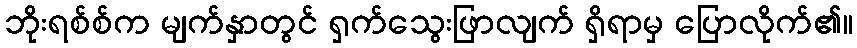
ဘိုးရစ်စ်က မျက်နှာတွင် ရှက်သွေးဖြာလျက် ရှိရာမှ ပြောလိုက်၏။